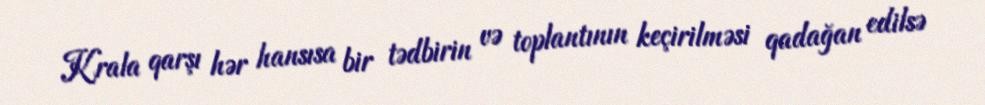
Krala qarşı hər hansısa bir tədbirin və toplantının keçirilməsi qadağan edilsə